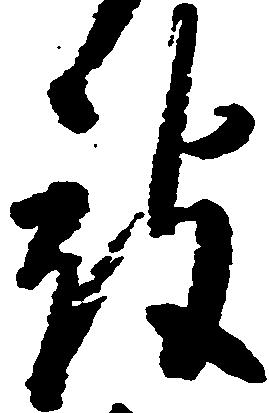
被